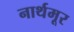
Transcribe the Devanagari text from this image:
नार्थमूर